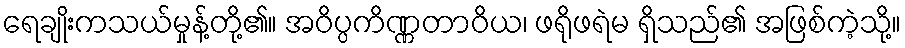
ရေချိုးကသယ်မှုန့်တို့၏။ အဝိပ္ပကိဏ္ဏတာဝိယ၊ ဖရိုဖရဲမ ရှိသည်၏ အဖြစ်ကဲ့သို့။